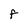
Character: F